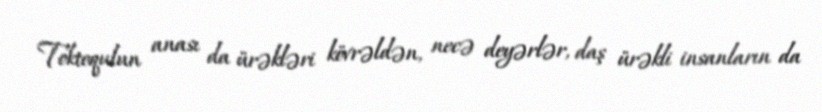
Toktoqulun anası da ürəkləri kövrəldən, necə deyərlər, daş ürəkli insanların da